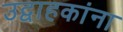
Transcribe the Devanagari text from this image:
उद्वाहकांना